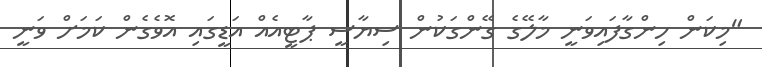
"މިކަން ހިންގާފައިވަނީ މާލޭގެ ގޭންގަކުން ސިޔާސީ ޕާޓީއެއް އަޑީގައި އޮވެގެން ކަމަށް ވަނީ